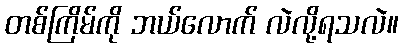
တစ်ကြိမ်ကို ဘယ်လောက် လဲလို့ရသလဲ။